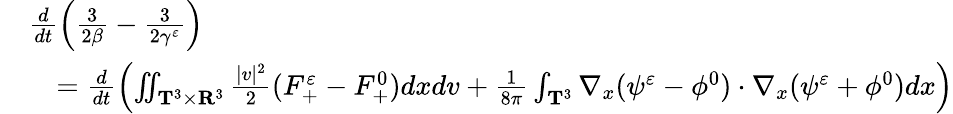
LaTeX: \begin{array}{rl}&{\frac{d}{dt}\left(\frac{3}{2\beta}-\frac{3}{2\gamma^{\varepsilon}}\right)}\\ &{\quad=\frac{d}{dt}\left(\iint_{\mathbf T^{3}\times\mathbf R^{3}}\frac{|v|^{2}}{2}(F_{+}^{\varepsilon}-F_{+}^{0})dxdv+\frac{1}{8\pi}\int_{\mathbf T^{3}}\nabla_{x}(\psi^{\varepsilon}-\phi^{0})\cdot\nabla_{x}(\psi^{\varepsilon}+\phi^{0})dx\right)}\end{array}